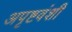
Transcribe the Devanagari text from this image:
अपृष्टवंशी